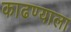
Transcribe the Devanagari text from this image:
काढण्याला